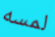
لمسه